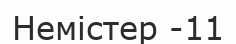
Немістер -11